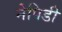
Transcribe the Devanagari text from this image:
नेपिडी